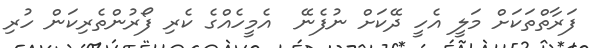
ފަރާތްތަކަށް މަލީ އެހީ ދޭކަށް ނުފެނޭ  އެމީހެއްގެ ކެރި ފޯރުންތެރިކަން ހުރި